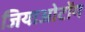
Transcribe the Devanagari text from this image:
जियाओटोंग